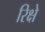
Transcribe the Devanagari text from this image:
रिक्षे